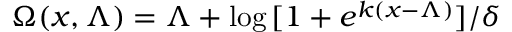
\Omega ( x , \Lambda ) = \Lambda + \log { [ 1 + e ^ { k ( x - \Lambda ) } ] } / \delta